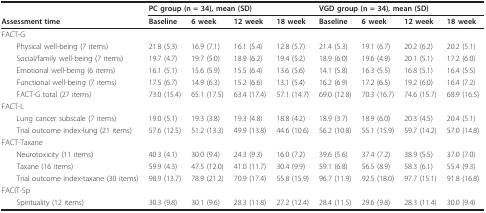
<table><thead><tr><td></td><td colspan="4"><b>PC group (n = 34), mean (SD)</b></td><td colspan="4"><b>VGD group (n = 34), mean (SD)</b></td></tr><tr><td><b>Assessment time</b></td><td><b>Baseline</b></td><td><b>6 week</b></td><td><b>12 week</b></td><td><b>18 week</b></td><td><b>Baseline</b></td><td><b>6 week</b></td><td><b>12 week</b></td><td><b>18 week</b></td></tr></thead><tbody><tr><td>FACT-G</td><td></td><td></td><td></td><td></td><td></td><td></td><td></td><td></td></tr><tr><td> Physical well-being (7 items)</td><td>21.8 (5.3)</td><td>16.9 (7.1)</td><td>16.1 (5.4)</td><td>12.8 (5.7)</td><td>21.4 (5.3)</td><td>19.1 (6.7)</td><td>20.2 (6.2)</td><td>20.2 (5.1)</td></tr><tr><td> Social/family well-being (7 items)</td><td>19.7 (4.7)</td><td>19.7 (5.0)</td><td>18.9 (6.2)</td><td>19.4 (5.2)</td><td>18.9 (6.0)</td><td>19.6 (4.9)</td><td>20.1 (5.1)</td><td>17.2 (6.0)</td></tr><tr><td> Emotional well-being (6 items)</td><td>16.1 (5.1)</td><td>15.6 (5.9)</td><td>15.5 (6.4)</td><td>13.6 (5.6)</td><td>14.1 (5.8)</td><td>16.3 (5.5)</td><td>16.8 (5.1)</td><td>16.4 (5.5)</td></tr><tr><td> Functional well-being (7 items)</td><td>17.5 (6.7)</td><td>14.9 (6.3)</td><td>15.2 (6.6)</td><td>13.1 (5.4)</td><td>16.2 (6.9)</td><td>17.2 (6.5)</td><td>19.2 (6.0)</td><td>16.4 (7.2)</td></tr><tr><td> FACT-G total (27 items)</td><td>73.0 (15.4)</td><td>65.1 (17.5)</td><td>63.4 (17.4)</td><td>57.1 (14.7)</td><td>69.0 (12.8)</td><td>70.3 (16.7)</td><td>74.6 (15.7)</td><td>68.9 (16.5)</td></tr><tr><td>FACT-L</td><td></td><td></td><td></td><td></td><td></td><td></td><td></td><td></td></tr><tr><td> Lung cancer subscale (7 items)</td><td>19.0 (5.1)</td><td>19.3 (3.8)</td><td>19.3 (4.8)</td><td>18.8 (4.2)</td><td>18.9 (3.7)</td><td>18.9 (6.0)</td><td>20.3 (4.5)</td><td>20.4 (5.1)</td></tr><tr><td> Trial outcome index-lung (21 items)</td><td>57.6 (12.5)</td><td>51.2 (13.3)</td><td>49.9 (13.8)</td><td>44.6 (10.6)</td><td>56.2 (10.8)</td><td>55.1 (15.9)</td><td>59.7 (14.2)</td><td>57.0 (14.8)</td></tr><tr><td>FACT-Taxane</td><td></td><td></td><td></td><td></td><td></td><td></td><td></td><td></td></tr><tr><td> Neurotoxicity (11 items)</td><td>40.3 (4.1)</td><td>30.0 (9.4)</td><td>24.3 (9.3)</td><td>16.0 (7.2)</td><td>39.6 (5.6)</td><td>37.4 (7.2)</td><td>38.9 (5.5)</td><td>37.0 (7.0)</td></tr><tr><td> Taxane (16 items)</td><td>59.9 (4.3)</td><td>47.5 (12.0)</td><td>41.0 (11.7)</td><td>30.4 (9.9)</td><td>59.1 (6.8)</td><td>56.5 (8.9)</td><td>58.3 (6.1)</td><td>55.4 (9.3)</td></tr><tr><td> Trial outcome index-taxane (30 items)</td><td>98.9 (13.7)</td><td>78.9 (21.2)</td><td>70.9 (17.4)</td><td>55.8 (15.9)</td><td>96.7 (11.9)</td><td>92.5 (18.0)</td><td>97.7 (15.1)</td><td>91.8 (16.8)</td></tr><tr><td>FACIT-Sp</td><td></td><td></td><td></td><td></td><td></td><td></td><td></td><td></td></tr><tr><td> Spirituality (12 items)</td><td>30.3 (9.8)</td><td>30.1 (9.6)</td><td>28.3 (11.8)</td><td>27.2 (12.4)</td><td>28.4 (11.5)</td><td>29.6 (9.8)</td><td>28.3 (11.4)</td><td>30.0 (9.4)</td></tr></tbody></table>